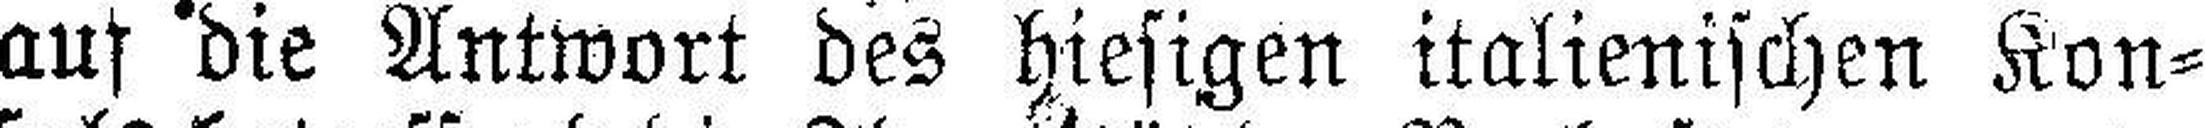
auf die Antwort des hiesigen italienischen Kon¬